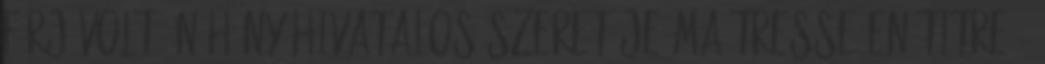
férj volt. Néhány hivatalos szeretője maîtresse en titre ,